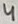
Text: 4